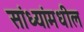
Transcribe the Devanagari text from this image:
सांध्यांमधील